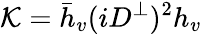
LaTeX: {\cal K}=\bar{h}_{v}(iD^{\perp})^{2}h_{v}